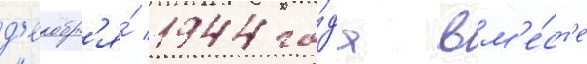
д'екабр'я́ 1944 го́да вм'е́ст'е